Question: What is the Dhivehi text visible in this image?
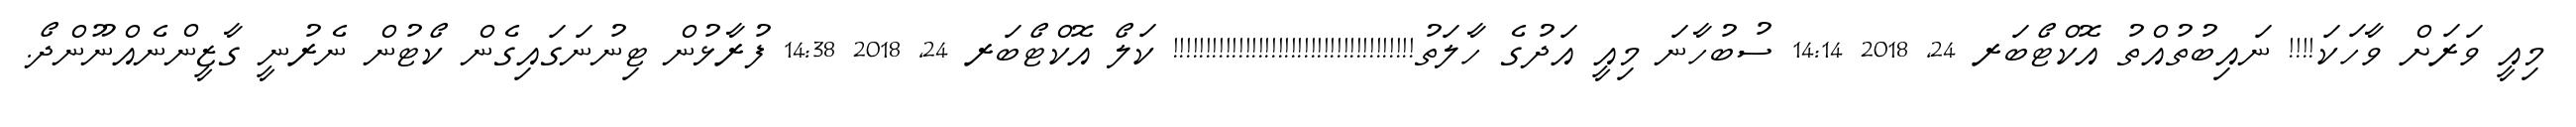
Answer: މިއީ ވަރަށް ވާހަކަ!!!! ނައިބުތުއްތު އޮކްޓޯބަރ 24, 2018 14:14 ސުބުހާނަ މިއީ އަދުގެ ހާލަތު!!!!!!!!!!!!!!!!!!!!!!!!!!!!!!!!!!!!! ކަލޯ އޮކްޓޯބަރ 24, 2018 14:38 ފުރާޅުން ޓިނުނަގައިގެން ކޯޓުން ނެރުނީ ގާޒީންނެއްނޫންދޯ.